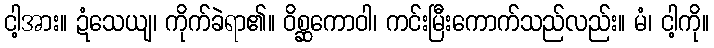
ငါ့အား။ ဍံသေယျ၊ ကိုက်ခဲရာ၏။ ဝိစ္ဆကောဝါ၊ ကင်းမြီးကောက်သည်လည်း။ မံ၊ ငါ့ကို။